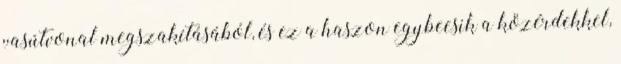
vasútvonal megszakításából, és ez a haszon egybeesik a közérdekkel,